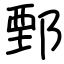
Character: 鄄